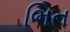
ભિત